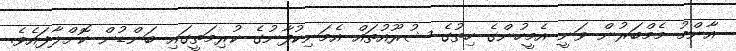
އާންމު މެމްބަރުން ވަނީ އެމީހުންގެ ހިތުގެ ޝުރޫއުތައް އެމަނިކުފާނުގެ ކުރިމަތީގައި ބަންޑުން ކޮށްލާފައެވެ.